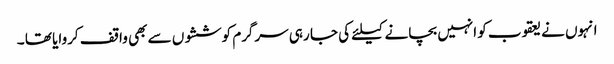
انہوں نے یعقوب کو انہیں بچانے کیلئے کی جا رہی سرگرم کوششوں سے بھی واقف کروایا تھا ۔